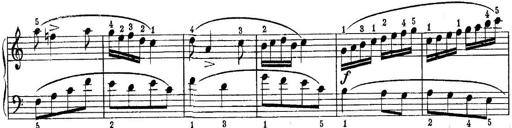
Title: Piano Sonatina No.1 in C major
Composer: Tadeusz Joteyko
Key: C major